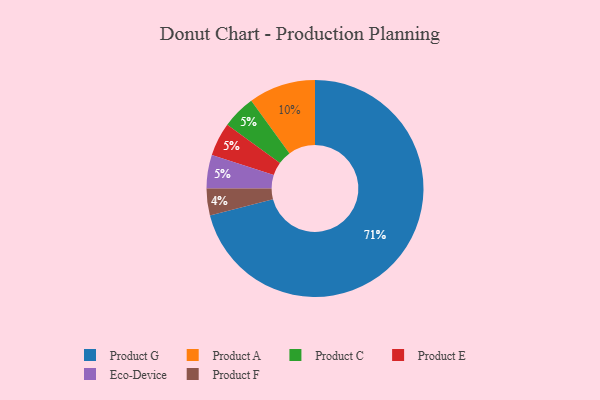
{"axis": {"x": "Category", "y": "Percentage"}, "legend": ["Eco-Device", "Product A", "Product C", "Product E", "Product F", "Product G"], "data": [{"x": "Product C", "y": 5, "type": "Product C"}, {"x": "Product A", "y": 10, "type": "Product A"}, {"x": "Product G", "y": 71, "type": "Product G"}, {"x": "Product F", "y": 4, "type": "Product F"}, {"x": "Product E", "y": 5, "type": "Product E"}, {"x": "Eco-Device", "y": 5, "type": "Eco-Device"}]}